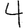
Digit: 4